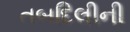
તબદિલીની